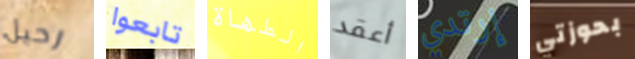
رحيل تابعوا الطهاة أعقد إرتدي بحوزتي